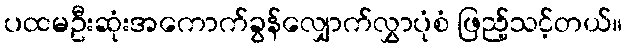
ပထမဦးဆုံးအကောက်ခွန်လျှောက်လွှာပုံစံ ဖြည့်သင့်တယ်။